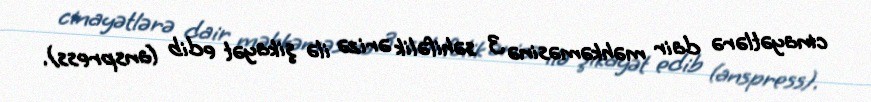
cinayətlərə dair məhkəməsinə 3 səhifəlik ərizə ilə şikayət edib (anspress).